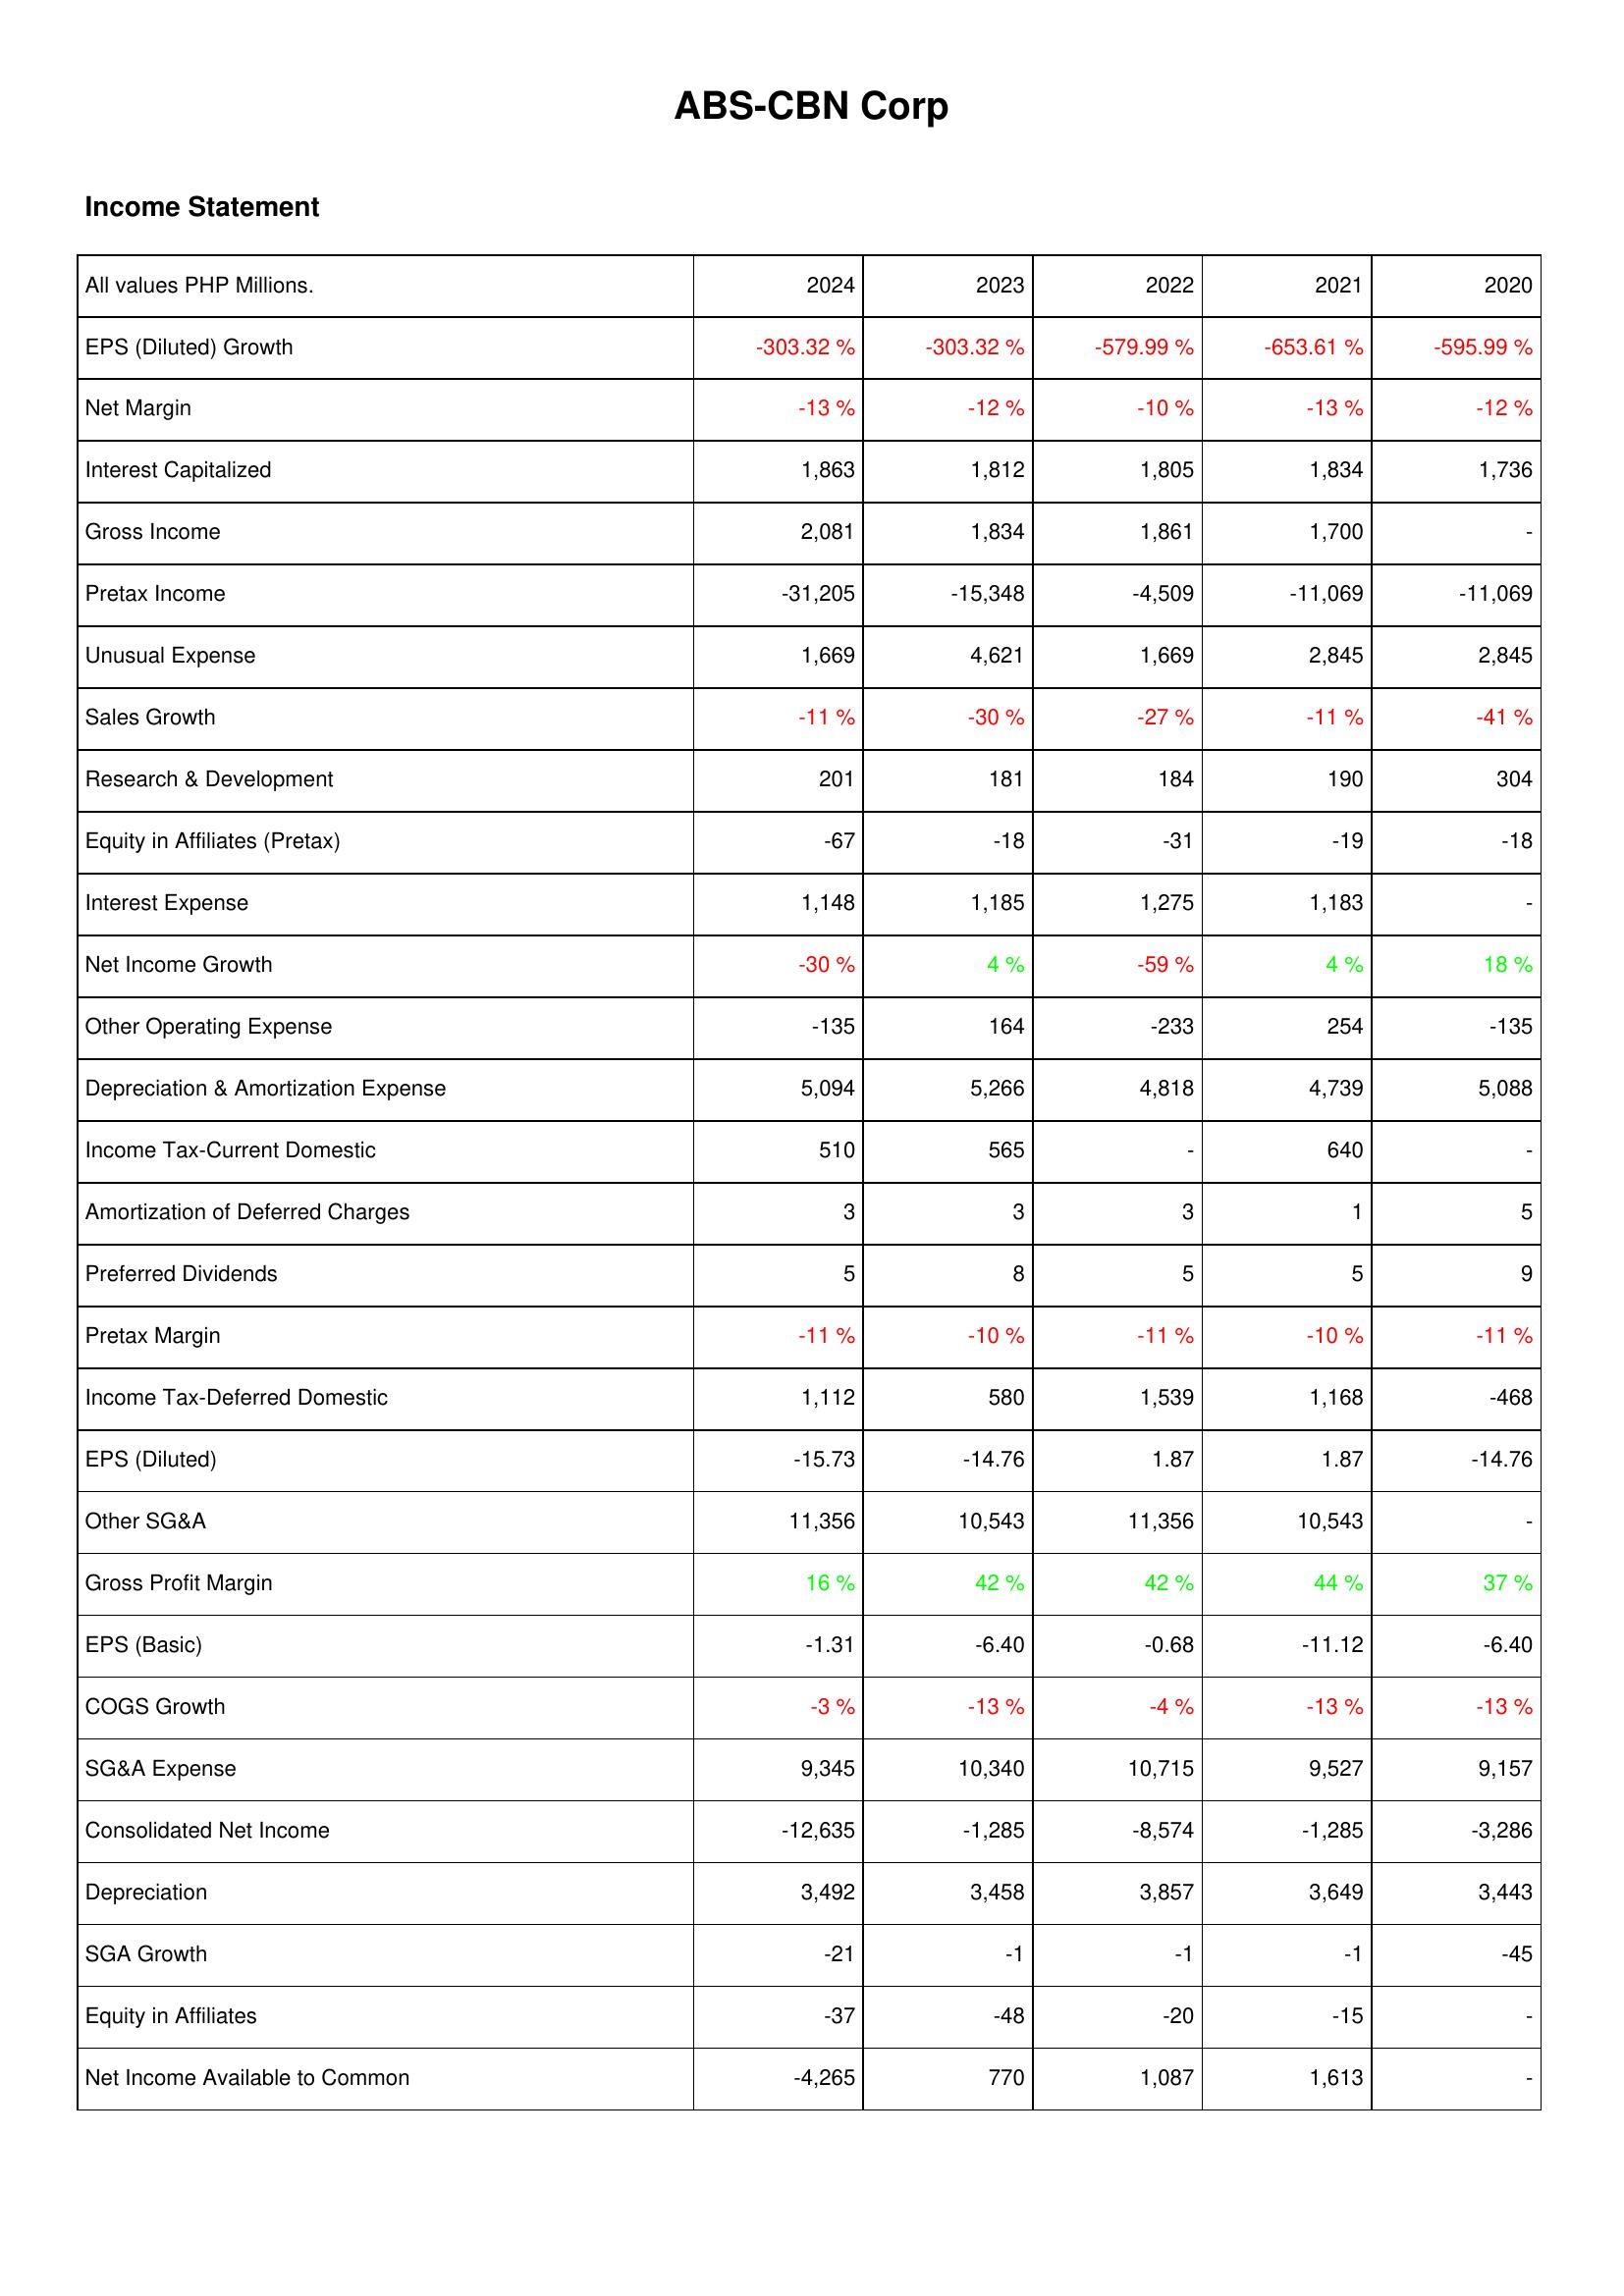
2024: Income Statement: EPS (Diluted) Growth: -303.32 %
Net Margin: -13 %
Interest Capitalized: 1,863
Gross Income: 2,081
Pretax Income: -31,205
Unusual Expense: 1,669
Sales Growth: -11 %
Research & Development: 201
Equity in Affiliates (Pretax): -67
Interest Expense: 1,148
Net Income Growth: -30 %
Other Operating Expense: -135
Depreciation & Amortization Expense: 5,094
Income Tax-Current Domestic: 510
Amortization of Deferred Charges: 3
Preferred Dividends: 5
Pretax Margin: -11 %
Income Tax-Deferred Domestic: 1,112
EPS (Diluted): -15.73
Other SG&A: 11,356
Gross Profit Margin: 16 %
EPS (Basic): -1.31
COGS Growth: -3 %
SG&A Expense: 9,345
Consolidated Net Income: -12,635
Depreciation: 3,492
SGA Growth: -21
Equity in Affiliates: -37
Net Income Available to Common: -4,265
2023: Income Statement: EPS (Diluted) Growth: -303.32 %
Net Margin: -12 %
Interest Capitalized: 1,812
Gross Income: 1,834
Pretax Income: -15,348
Unusual Expense: 4,621
Sales Growth: -30 %
Research & Development: 181
Equity in Affiliates (Pretax): -18
Interest Expense: 1,185
Net Income Growth: 4 %
Other Operating Expense: 164
Depreciation & Amortization Expense: 5,266
Income Tax-Current Domestic: 565
Amortization of Deferred Charges: 3
Preferred Dividends: 8
Pretax Margin: -10 %
Income Tax-Deferred Domestic: 580
EPS (Diluted): -14.76
Other SG&A: 10,543
Gross Profit Margin: 42 %
EPS (Basic): -6.40
COGS Growth: -13 %
SG&A Expense: 10,340
Consolidated Net Income: -1,285
Depreciation: 3,458
SGA Growth: -1
Equity in Affiliates: -48
Net Income Available to Common: 770
2022: Income Statement: EPS (Diluted) Growth: -579.99 %
Net Margin: -10 %
Interest Capitalized: 1,805
Gross Income: 1,861
Pretax Income: -4,509
Unusual Expense: 1,669
Sales Growth: -27 %
Research & Development: 184
Equity in Affiliates (Pretax): -31
Interest Expense: 1,275
Net Income Growth: -59 %
Other Operating Expense: -233
Depreciation & Amortization Expense: 4,818
Income Tax-Current Domestic: -
Amortization of Deferred Charges: 3
Preferred Dividends: 5
Pretax Margin: -11 %
Income Tax-Deferred Domestic: 1,539
EPS (Diluted): 1.87
Other SG&A: 11,356
Gross Profit Margin: 42 %
EPS (Basic): -0.68
COGS Growth: -4 %
SG&A Expense: 10,715
Consolidated Net Income: -8,574
Depreciation: 3,857
SGA Growth: -1
Equity in Affiliates: -20
Net Income Available to Common: 1,087
2021: Income Statement: EPS (Diluted) Growth: -653.61 %
Net Margin: -13 %
Interest Capitalized: 1,834
Gross Income: 1,700
Pretax Income: -11,069
Unusual Expense: 2,845
Sales Growth: -11 %
Research & Development: 190
Equity in Affiliates (Pretax): -19
Interest Expense: 1,183
Net Income Growth: 4 %
Other Operating Expense: 254
Depreciation & Amortization Expense: 4,739
Income Tax-Current Domestic: 640
Amortization of Deferred Charges: 1
Preferred Dividends: 5
Pretax Margin: -10 %
Income Tax-Deferred Domestic: 1,168
EPS (Diluted): 1.87
Other SG&A: 10,543
Gross Profit Margin: 44 %
EPS (Basic): -11.12
COGS Growth: -13 %
SG&A Expense: 9,527
Consolidated Net Income: -1,285
Depreciation: 3,649
SGA Growth: -1
Equity in Affiliates: -15
Net Income Available to Common: 1,613
2020: Income Statement: EPS (Diluted) Growth: -595.99 %
Net Margin: -12 %
Interest Capitalized: 1,736
Gross Income: -
Pretax Income: -11,069
Unusual Expense: 2,845
Sales Growth: -41 %
Research & Development: 304
Equity in Affiliates (Pretax): -18
Interest Expense: -
Net Income Growth: 18 %
Other Operating Expense: -135
Depreciation & Amortization Expense: 5,088
Income Tax-Current Domestic: -
Amortization of Deferred Charges: 5
Preferred Dividends: 9
Pretax Margin: -11 %
Income Tax-Deferred Domestic: -468
EPS (Diluted): -14.76
Other SG&A: -
Gross Profit Margin: 37 %
EPS (Basic): -6.40
COGS Growth: -13 %
SG&A Expense: 9,157
Consolidated Net Income: -3,286
Depreciation: 3,443
SGA Growth: -45
Equity in Affiliates: -
Net Income Available to Common: -